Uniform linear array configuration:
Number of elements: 64
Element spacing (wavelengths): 0.75
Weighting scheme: hann
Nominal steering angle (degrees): -30
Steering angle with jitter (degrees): -30.604
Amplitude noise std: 0.05
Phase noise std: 0.05

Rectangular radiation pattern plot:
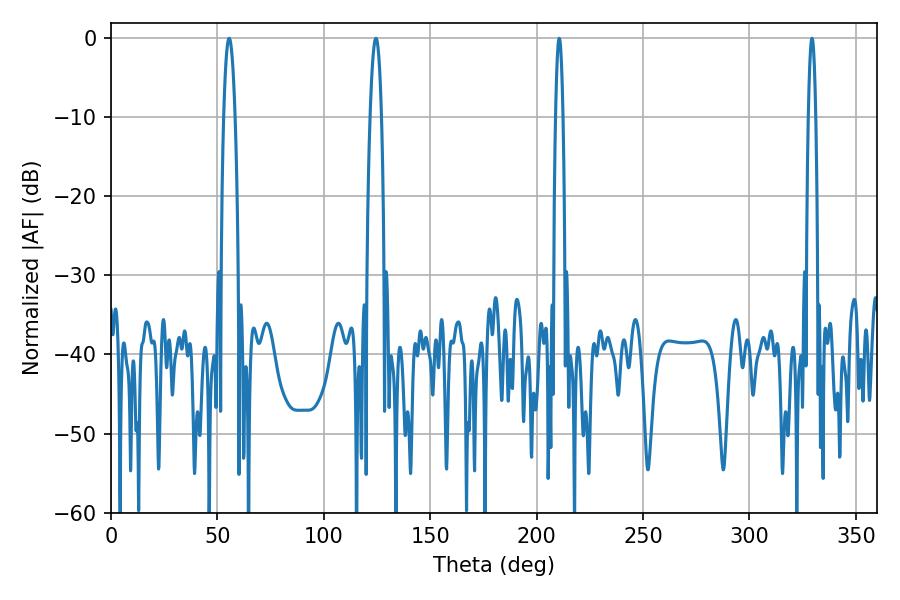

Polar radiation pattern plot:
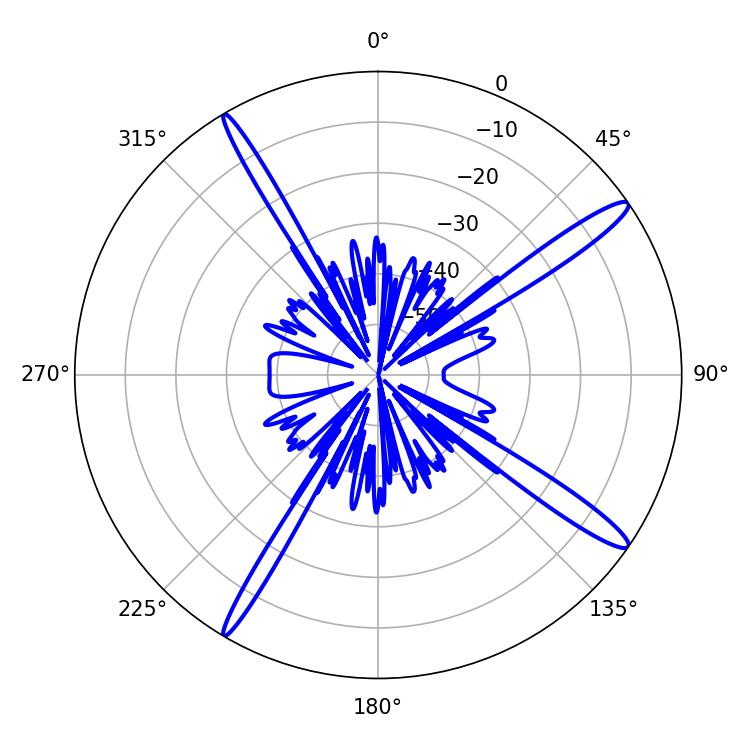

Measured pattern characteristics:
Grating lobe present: TRUE
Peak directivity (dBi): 15.607
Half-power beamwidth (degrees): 1.8
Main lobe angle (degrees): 210.6